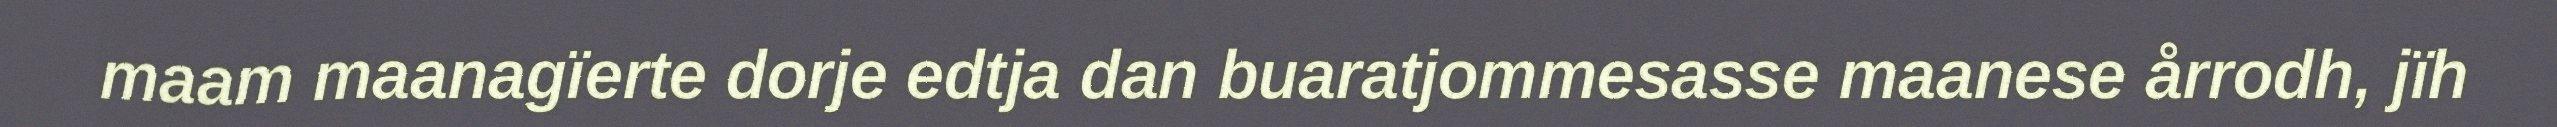
maam maanagïerte dorje edtja dan buaratjommesasse maanese årrodh, jïh